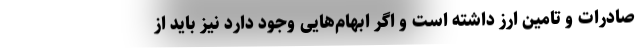
صادرات و تامین ارز داشته است و اگر ابهام‌هایی وجود دارد نیز باید از